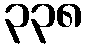
၃၃၈